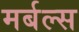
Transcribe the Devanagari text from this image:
मर्बल्स